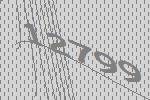
12799